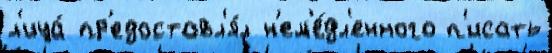
л'ица́ пр'едоставл'я́л н'ем'е́дл'енного п'исать